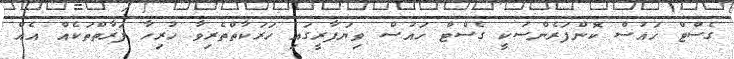
ގެސްޓް ހައުސް ކޮންފަރެންސަކީ ގެސްޓް ހައުސް ވިޔަފާރީގައި ހަރަކާތްތެރިވާ ހުރިހާ ފަރާތްތަކެއް އެއް